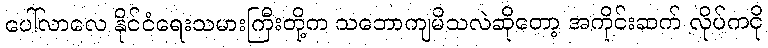
ပေါ်လာလေ နိုင်ငံရေးသမားကြီးတို့က သဘောကျမိသလဲဆိုတော့ အကိုင်းဆက် လိုပ်ကငို